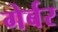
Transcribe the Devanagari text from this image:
गेर्बर